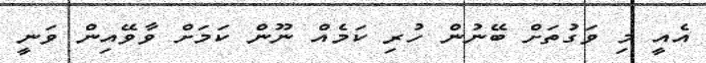
އެއީ މި ވަގުތަށް ބޭނުން ހުރި ކަމެއް ނޫން ކަމަށް ވާވޭއިން ވަނީ